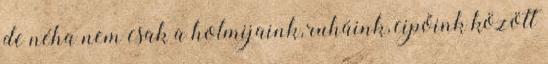
de néha nem csak a holmijaink, ruháink, cipőink között